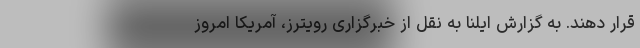
قرار دهند. به گزارش ایلنا به نقل از خبرگزاری رویترز، آمریکا امروز